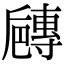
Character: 𡭐